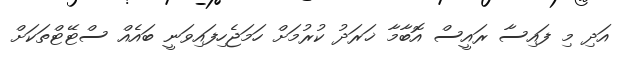
އަދި މި ފައިސާ ރައީސް އޮބާމާ ޚަރަދު ކުރުމަށް ހަމަޖެހިފައިވަނީ ބައެއް ސްޓޭޓްތަކަށް